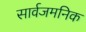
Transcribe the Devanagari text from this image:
सार्वजमनिक